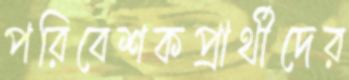
পরিবেশকপ্রার্থীদের